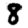
Digit: 8